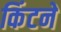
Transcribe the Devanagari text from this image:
किंटने